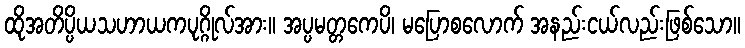
ထိုအတိပ္ပိယသဟာယကပုဂ္ဂိုလ်အား။ အပ္ပမတ္တကေပိ၊ မပြောစလောက် အနည်းငယ်လည်းဖြစ်သော။